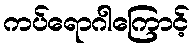
ကပ်ရောဂါကြောင့်